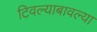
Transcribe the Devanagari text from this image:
टिवल्याबावल्या